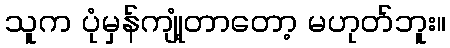
သူက ပုံမှန်ကျုံ့တာတော့ မဟုတ်ဘူး။